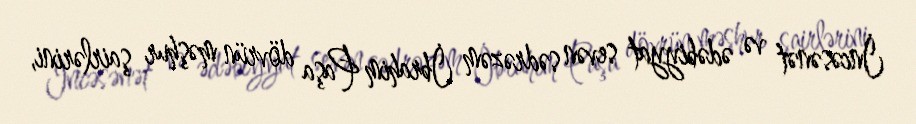
İncəsənət və ədəbiyyat sevən sədrəzəm İbrahim Paşa dövrün məşhur şairlərini,